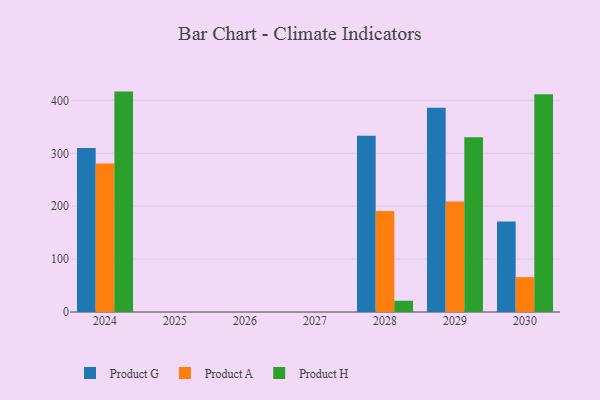
{"axis": {"x": "Year", "y": "Page Views"}, "legend": ["Product A", "Product G", "Product H"], "data": [{"x": "2024", "y": 310.1, "type": "Product G"}, {"x": "2024", "y": 280.9, "type": "Product A"}, {"x": "2024", "y": 416.7, "type": "Product H"}, {"x": "2029", "y": 386.1, "type": "Product G"}, {"x": "2029", "y": 209.1, "type": "Product A"}, {"x": "2029", "y": 330.4, "type": "Product H"}, {"x": "2030", "y": 170.9, "type": "Product G"}, {"x": "2030", "y": 65.9, "type": "Product A"}, {"x": "2030", "y": 411.8, "type": "Product H"}, {"x": "2028", "y": 333.2, "type": "Product G"}, {"x": "2028", "y": 190.9, "type": "Product A"}, {"x": "2028", "y": 21.3, "type": "Product H"}]}